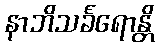
နာဘိသင်္ခရောန္တိ